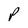
Character: P